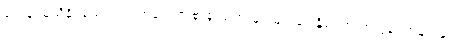
သေချာမသိနိုင်သေးပဲ အကြမ်းဖက် ဗုံးခွဲ သမားများများနှင့် နိုင်ငံတကာကွန်ရက်များနှင့်